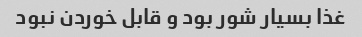
غذا بسیار شور بود و قابل خوردن نبود